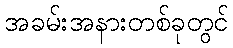
အခမ်းအနားတစ်ခုတွင်